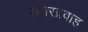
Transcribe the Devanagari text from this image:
स्टारप्रवाह